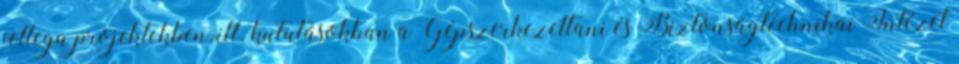
jellegû projektekben, ill. kutatásokban a Gépszerkezettani és Biztonságtechnikai Intézet